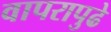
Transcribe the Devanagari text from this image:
वापरापुढे